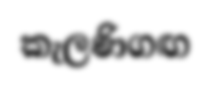
කැලණිගඟ